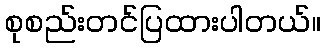
စုစည်းတင်ပြထားပါတယ်။